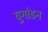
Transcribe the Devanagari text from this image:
युगांडन